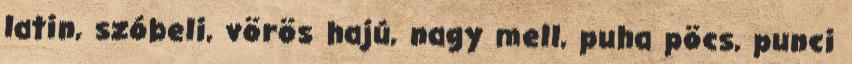
latin, szóbeli, vörös hajú, nagy mell, puha pöcs, punci